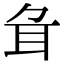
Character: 𦔰